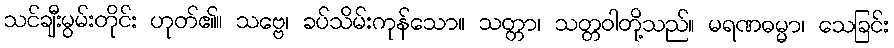
သင်ချီးမွမ်းတိုင်း ဟုတ်၏။ သဗ္ဗေ၊ ခပ်သိမ်းကုန်သော။ သတ္တာ၊ သတ္တဝါတို့သည်။ မရဏဓမ္မာ၊ သေခြင်း